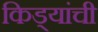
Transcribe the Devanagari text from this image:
किड्यांची